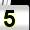
Digit: 5